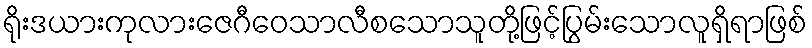
ရိုးဒယားကုလားဇေဂီဝေသာလီစသောသူတို့ဖြင့်ပြွမ်းသောလူရှိရာဖြစ်